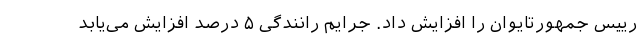
رییس جمهورتایوان را افزایش داد. جرایم رانندگی ۵ درصد افزایش می‌یابد